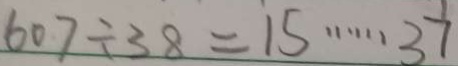
6 0 7 \div 3 8 = 1 5 \cdots 3 7